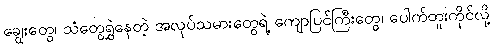
ချွေးတွေ၊ သံတွေရွှဲနေတဲ့ အလုပ်သမားတွေရဲ့ ကျောပြင်ကြီးတွေ၊ ပေါက်တူးကိုင်လို့